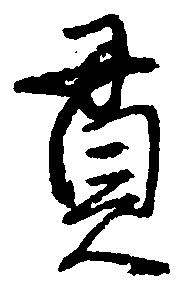
貫